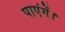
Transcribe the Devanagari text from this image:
पाएंगें।